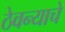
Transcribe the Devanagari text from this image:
ठेवन्याचे